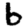
Digit: 6